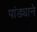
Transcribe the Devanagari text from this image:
पांड्याने